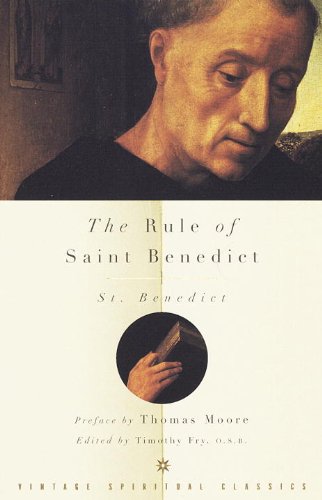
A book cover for The Rule of Saint Benedict; St. Benedict; Christian Books & Bibles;